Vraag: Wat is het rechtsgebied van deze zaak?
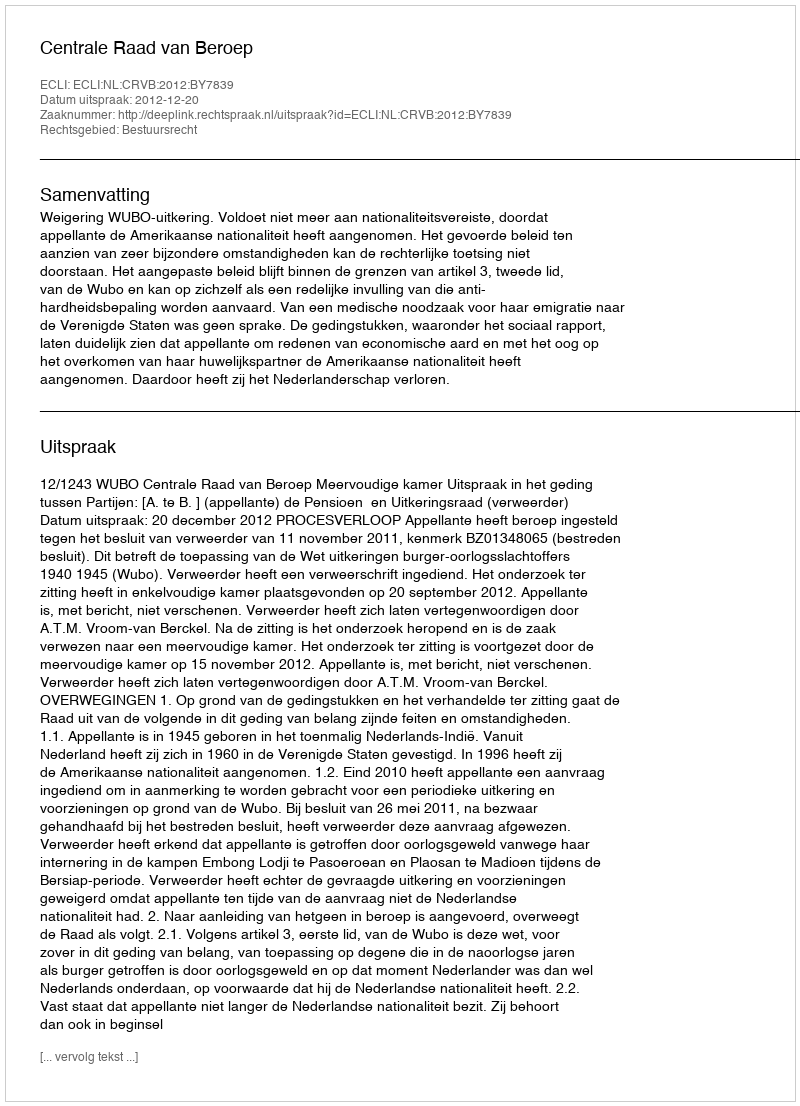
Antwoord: Bestuursrecht